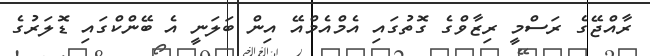
ރާއްޖޭގެ ރަސްމީ ރިޒާވްގެ ގޮތުގައި އެމްއެމްއޭ އިން ބަލަނީ އެ ބޭންކްގައި ޑޮލަރުގެ